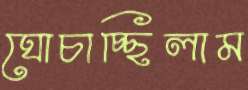
ঘোচাচ্ছিলাম